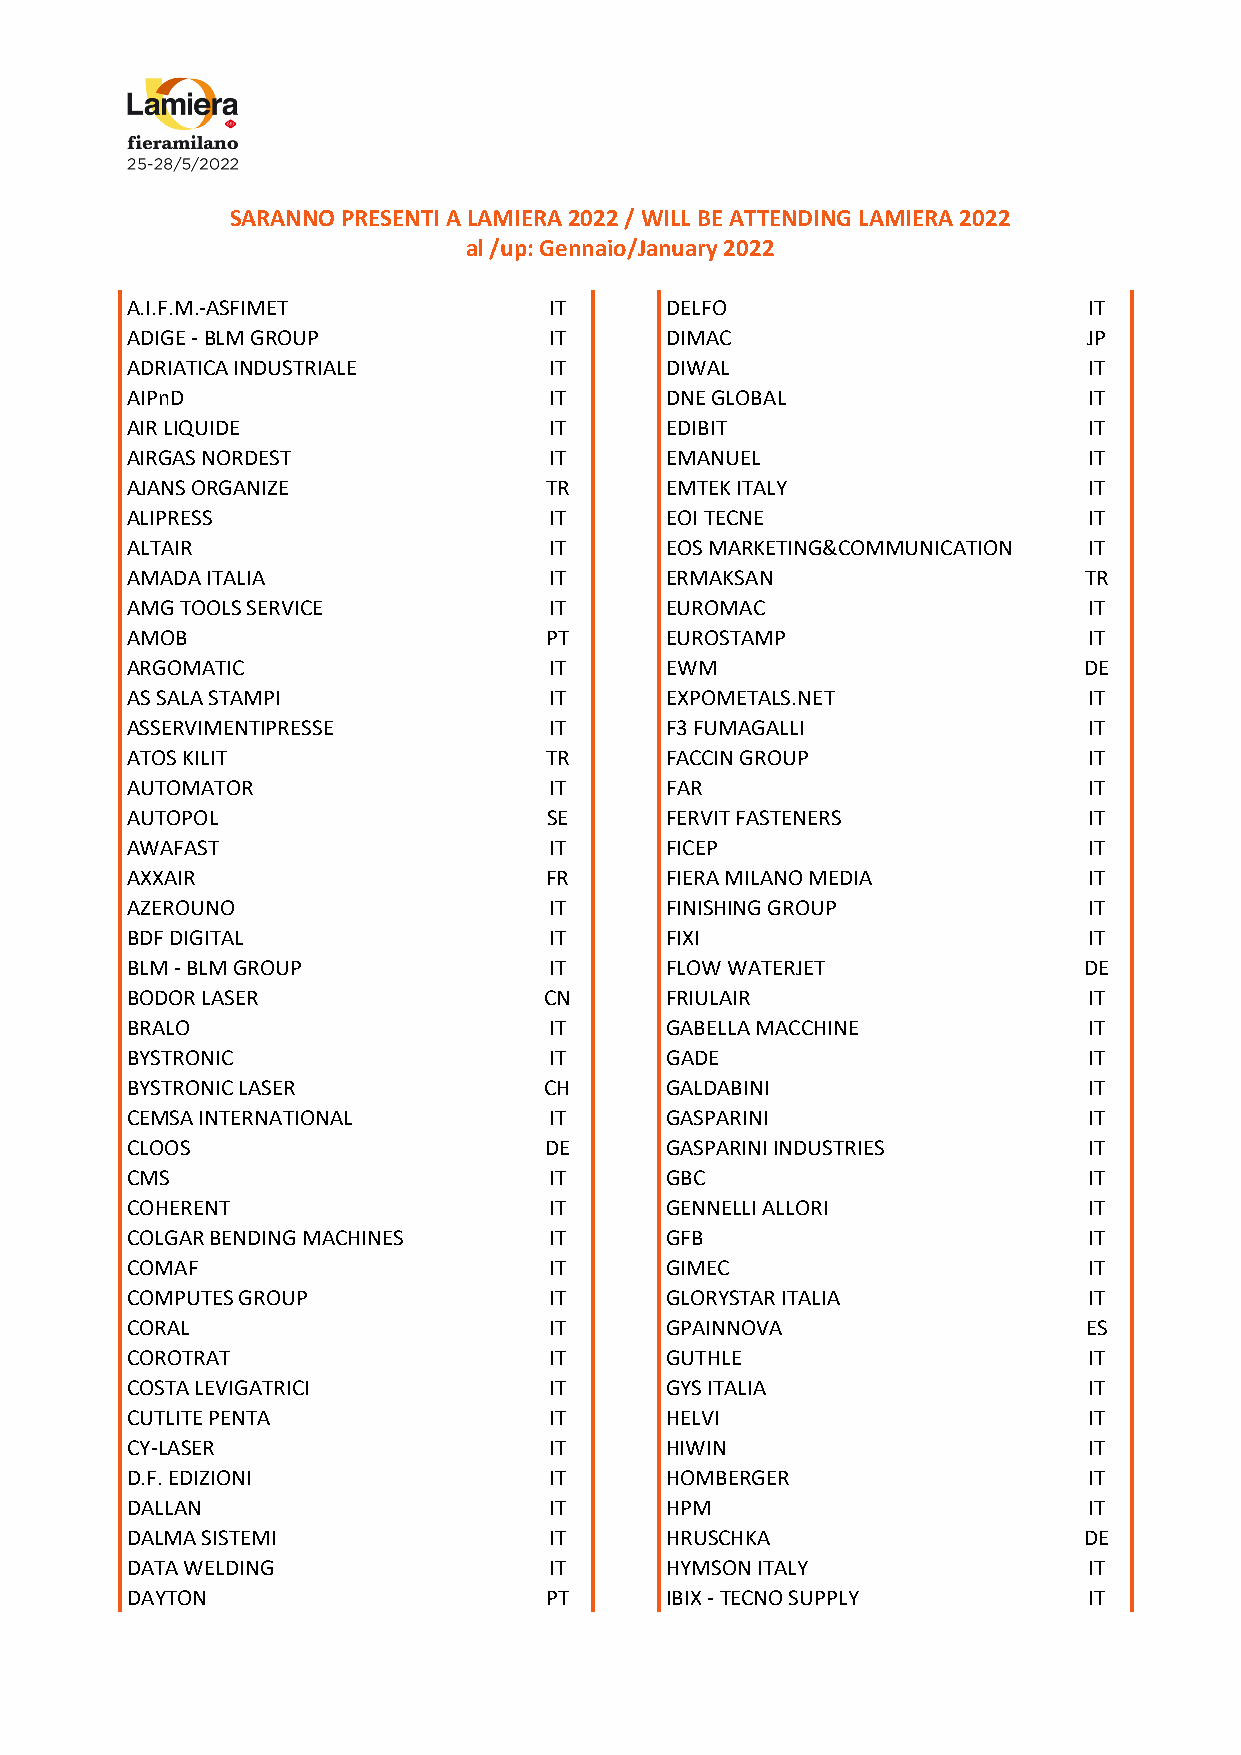
SARANNO PRESENTI A LAMIERA 2022 / WILL BE ATTENDING LAMIERA 2022
 al /up: Gennaio/January 2022
 A.I.F.M.-ASFIMET            IT      DELFO                       IT
 ADIGE - BLM GROUP           IT      DIMAC                       JP
 ADRIATICA INDUSTRIALE       IT      DIWAL                       IT
 AIPnD                       IT      DNE GLOBAL                  IT
 AIR LIQUIDE                 IT      EDIBIT                      IT
 AIRGAS NORDEST              IT      EMANUEL                     IT
 AJANS ORGANIZE              TR      EMTEK ITALY                 IT
 ALIPRESS                    IT      EOI TECNE                   IT
 ALTAIR                      IT      EOS MARKETING&COMMUNICATION IT
 AMADA ITALIA                IT      ERMAKSAN                    TR
 AMG TOOLS SERVICE           IT      EUROMAC                     IT
 AMOB                        PT      EUROSTAMP                   IT
 ARGOMATIC                   IT      EWM                         DE
 AS SALA STAMPI              IT      EXPOMETALS.NET              IT
 ASSERVIMENTIPRESSE          IT      F3 FUMAGALLI                IT
 ATOS KILIT                  TR      FACCIN GROUP                IT
 AUTOMATOR                   IT      FAR                         IT
 AUTOPOL                     SE      FERVIT FASTENERS            IT
 AWAFAST                     IT      FICEP                       IT
 AXXAIR                      FR      FIERA MILANO MEDIA          IT
 AZEROUNO                    IT      FINISHING GROUP             IT
 BDF DIGITAL                 IT      FIXI                        IT
 BLM - BLM GROUP             IT      FLOW WATERJET               DE
 BODOR LASER                 CN      FRIULAIR                    IT
 BRALO                       IT      GABELLA MACCHINE            IT
 BYSTRONIC                   IT      GADE                        IT
 BYSTRONIC LASER             CH      GALDABINI                   IT
 CEMSA INTERNATIONAL         IT      GASPARINI                   IT
 CLOOS                       DE      GASPARINI INDUSTRIES        IT
 CMS                         IT      GBC                         IT
 COHERENT                    IT      GENNELLI ALLORI             IT
 COLGAR BENDING MACHINES     IT      GFB                         IT
 COMAF                       IT      GIMEC                       IT
 COMPUTES GROUP              IT      GLORYSTAR ITALIA            IT
 CORAL                       IT      GPAINNOVA                   ES
 COROTRAT                    IT      GUTHLE                      IT
 COSTA LEVIGATRICI           IT      GYS ITALIA                  IT
 CUTLITE PENTA               IT      HELVI                       IT
 CY-LASER                    IT      HIWIN                       IT
 D.F. EDIZIONI               IT      HOMBERGER                   IT
 DALLAN                      IT      HPM                         IT
 DALMA SISTEMI               IT      HRUSCHKA                    DE
 DATA WELDING                IT      HYMSON ITALY                IT
 DAYTON                      PT      IBIX - TECNO SUPPLY         IT